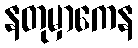
နတုမှာကေန